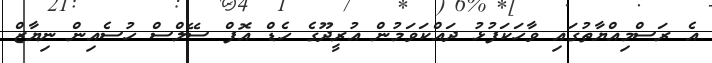
އެ ރަސްމިއްޔާތުގައި ވާހަކަފުޅު ދައްކަވަމުން އުރީދޫގެ ހެޑް އޮފް ސޭލްސް ހުސެއިން ނިޔާޒް